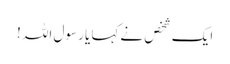
ایک شخص نےکہا یا رسول اللہ !